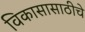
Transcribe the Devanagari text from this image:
विकासासाठीचे